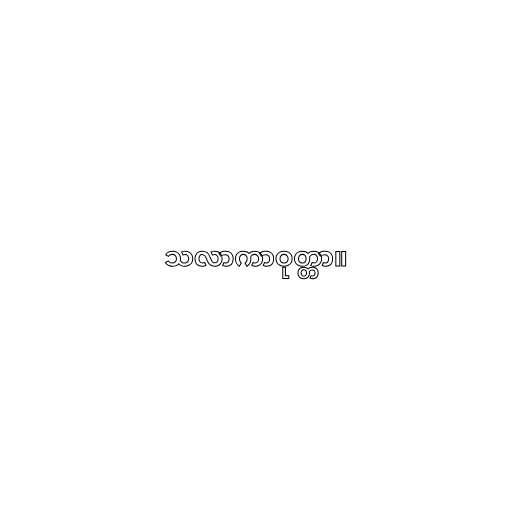
သလာကာဝုတ္တာ။